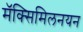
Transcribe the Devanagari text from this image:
मॅक्सिमिलनयन